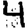
Digit: 4